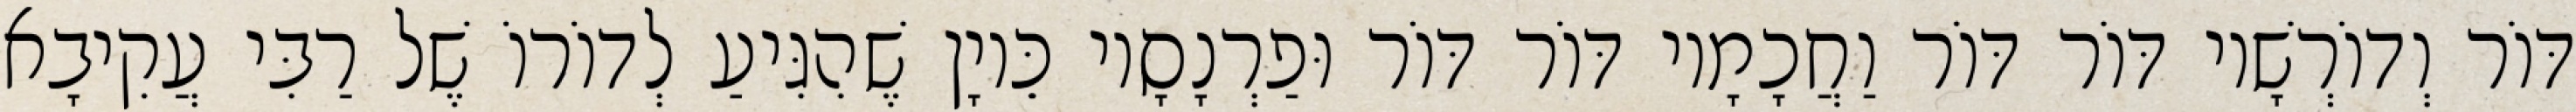
דּוֹר וְדוֹרְשָׁיו דּוֹר דּוֹר וַחֲכָמָיו דּוֹר דּוֹר וּפַרְנָסָיו כֵּיוָן שֶׁהִגִּיעַ לְדוֹרוֹ שֶׁל רַבִּי עֲקִיבָא